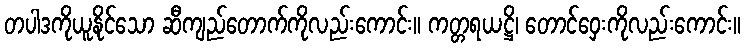
တပါဒကိုယူနိုင်သော ဆီကျည်တောက်ကိုလည်းကောင်း။ ကတ္တရယဋ္ဌိ၊ တောင်ဝှေးကိုလည်းကောင်း။